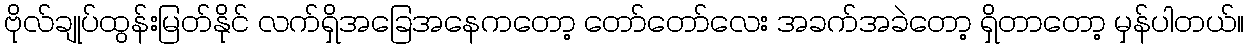
ဗိုလ်ချုပ်ထွန်းမြတ်နိုင် လက်ရှိအခြေအနေကတော့ တော်တော်လေး အခက်အခဲတော့ ရှိတာတော့ မှန်ပါတယ်။